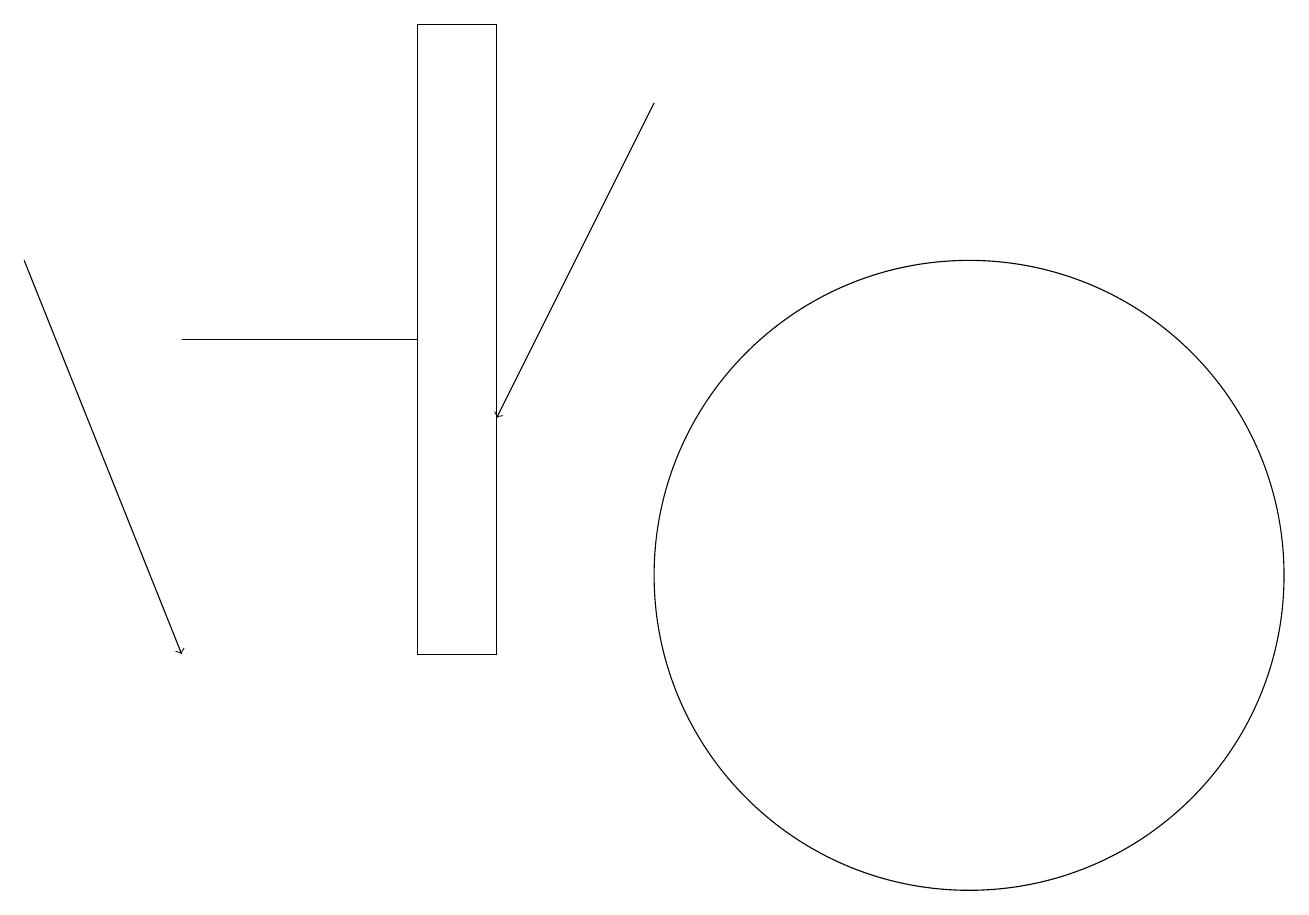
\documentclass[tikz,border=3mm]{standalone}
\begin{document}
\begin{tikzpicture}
\draw[->] (8,18) -- (6,14);
\draw (12,12) circle (4);
\draw (5,11) rectangle (6,19);
\draw (5,15) rectangle (2,15);
\draw[->] (0,16) -- (2,11);
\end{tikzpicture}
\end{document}